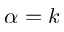
\alpha = k